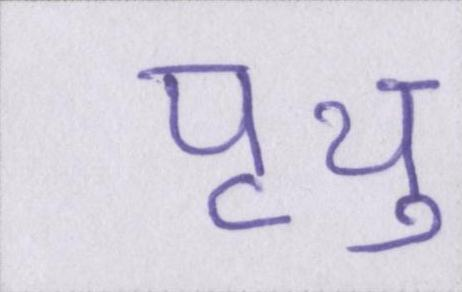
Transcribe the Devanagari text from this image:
पृथु